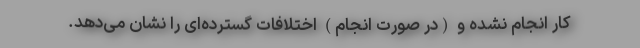
کار انجام نشده و (در صورت انجام) اختلافات گسترده‌ای را نشان می‌دهد.